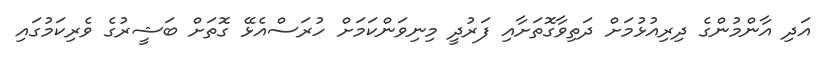
އަދި އާންމުންގެ ދިރިއުޅުމަށް ދަތިވާގޮތަށާއި ފަރުދީ މިނިވަންކަމަށް ހުރަސްއެޅޭ ގޮތަށް ބަޝީރުގެ ވެރިކަމުގައި